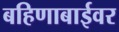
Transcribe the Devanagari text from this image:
बहिणाबाईवर